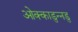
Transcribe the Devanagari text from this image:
ओक्काडुन्नडु